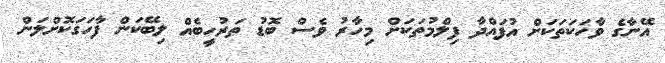
އޭނާގެ ވާހަކަތަކަށް އުފައްދާ ފިލްމުތަކަށް މިހާރު ވެސް ބޮޑު ތަރުހީބެއް ލިބޭކަން ފާހަގަކޮށްލަން